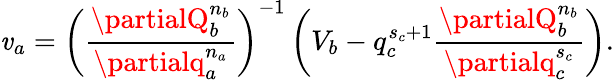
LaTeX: \mathit{v}_{a}=\left(\frac{{\partialQ_{b}^{n_{b}}}}{{\partialq_{a}^{n_{a}}}}\right)^{-1}\left(V_{b}-q_{c}^{s_{c}+1}\frac{{\partialQ_{b}^{n_{b}}}}{{\partialq_{c}^{s_{c}}}}\right).